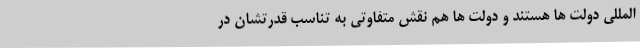
المللی دولت ها هستند و دولت ها هم نقش متفاوتی به تناسب قدرتشان در